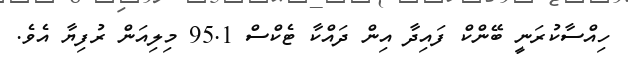
ހިއްސާކުރަނީ ބޭންކް ފައިދާ އިން ދައްކާ ޓެކްސް 95.1 މިލިއަން ރުފިޔާ އެވެ.